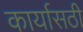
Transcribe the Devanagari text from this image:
कार्यासठी